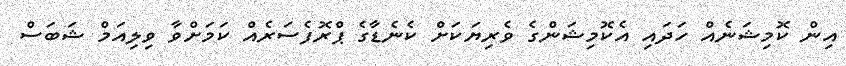
އިން ކޮމިޝަނެއް ހަދައި އެކޮމިޝަންގެ ވެރިޔަކަށް ކެނެޑާގެ ޕްރޮފެސަރެއް ކަމަށްވާ ވިލިއަމް ޝަބަސް